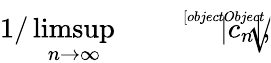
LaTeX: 1/\operatorname*{limsup}_{n\rightarrow\infty}{\sqrt[[objectObject]]{|c_{n}|}},